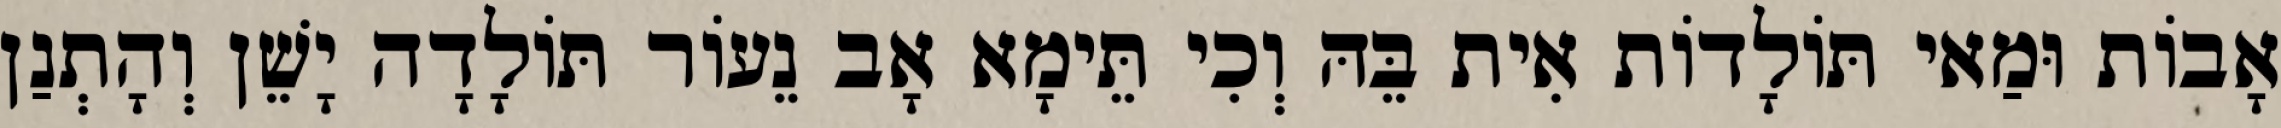
אָבוֹת וּמַאי תּוֹלָדוֹת אִית בֵּהּ וְכִי תֵּימָא אָב נֵעוֹר תּוֹלָדָה יָשֵׁן וְהָתְנַן